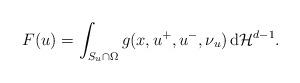
LaTeX: \begin{align*}F(u)=\int_{S_u\cap\Omega}g(x,u^+,u^-,\nu_u)\,\mathrm{d}\mathcal{H}^{d-1}.\end{align*}